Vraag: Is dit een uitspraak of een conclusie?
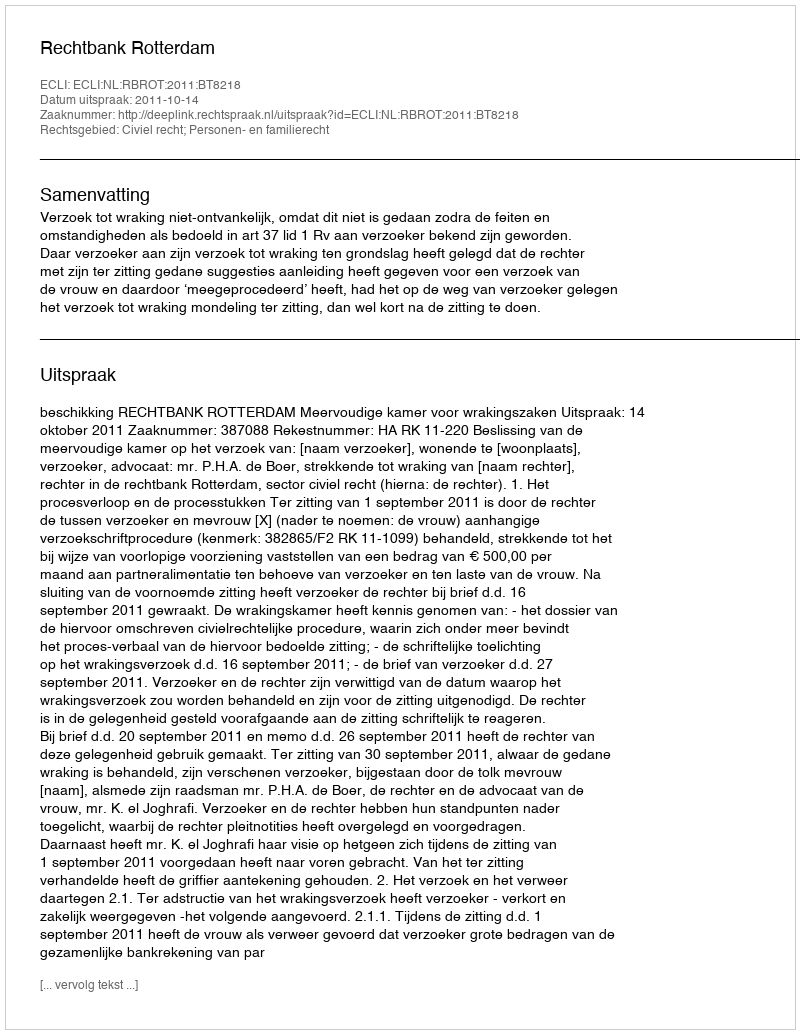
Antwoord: Uitspraak